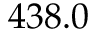
4 3 8 . 0